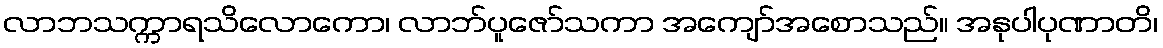
လာဘသက္ကာရသိလောကော၊ လာဘ်ပူဇော်သကာ အကျော်အစောသည်။ အနုပါပုဏာတိ၊